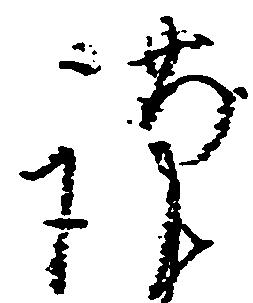
謹